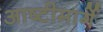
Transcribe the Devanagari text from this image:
आष्टीमार्गे